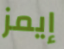
إيمز